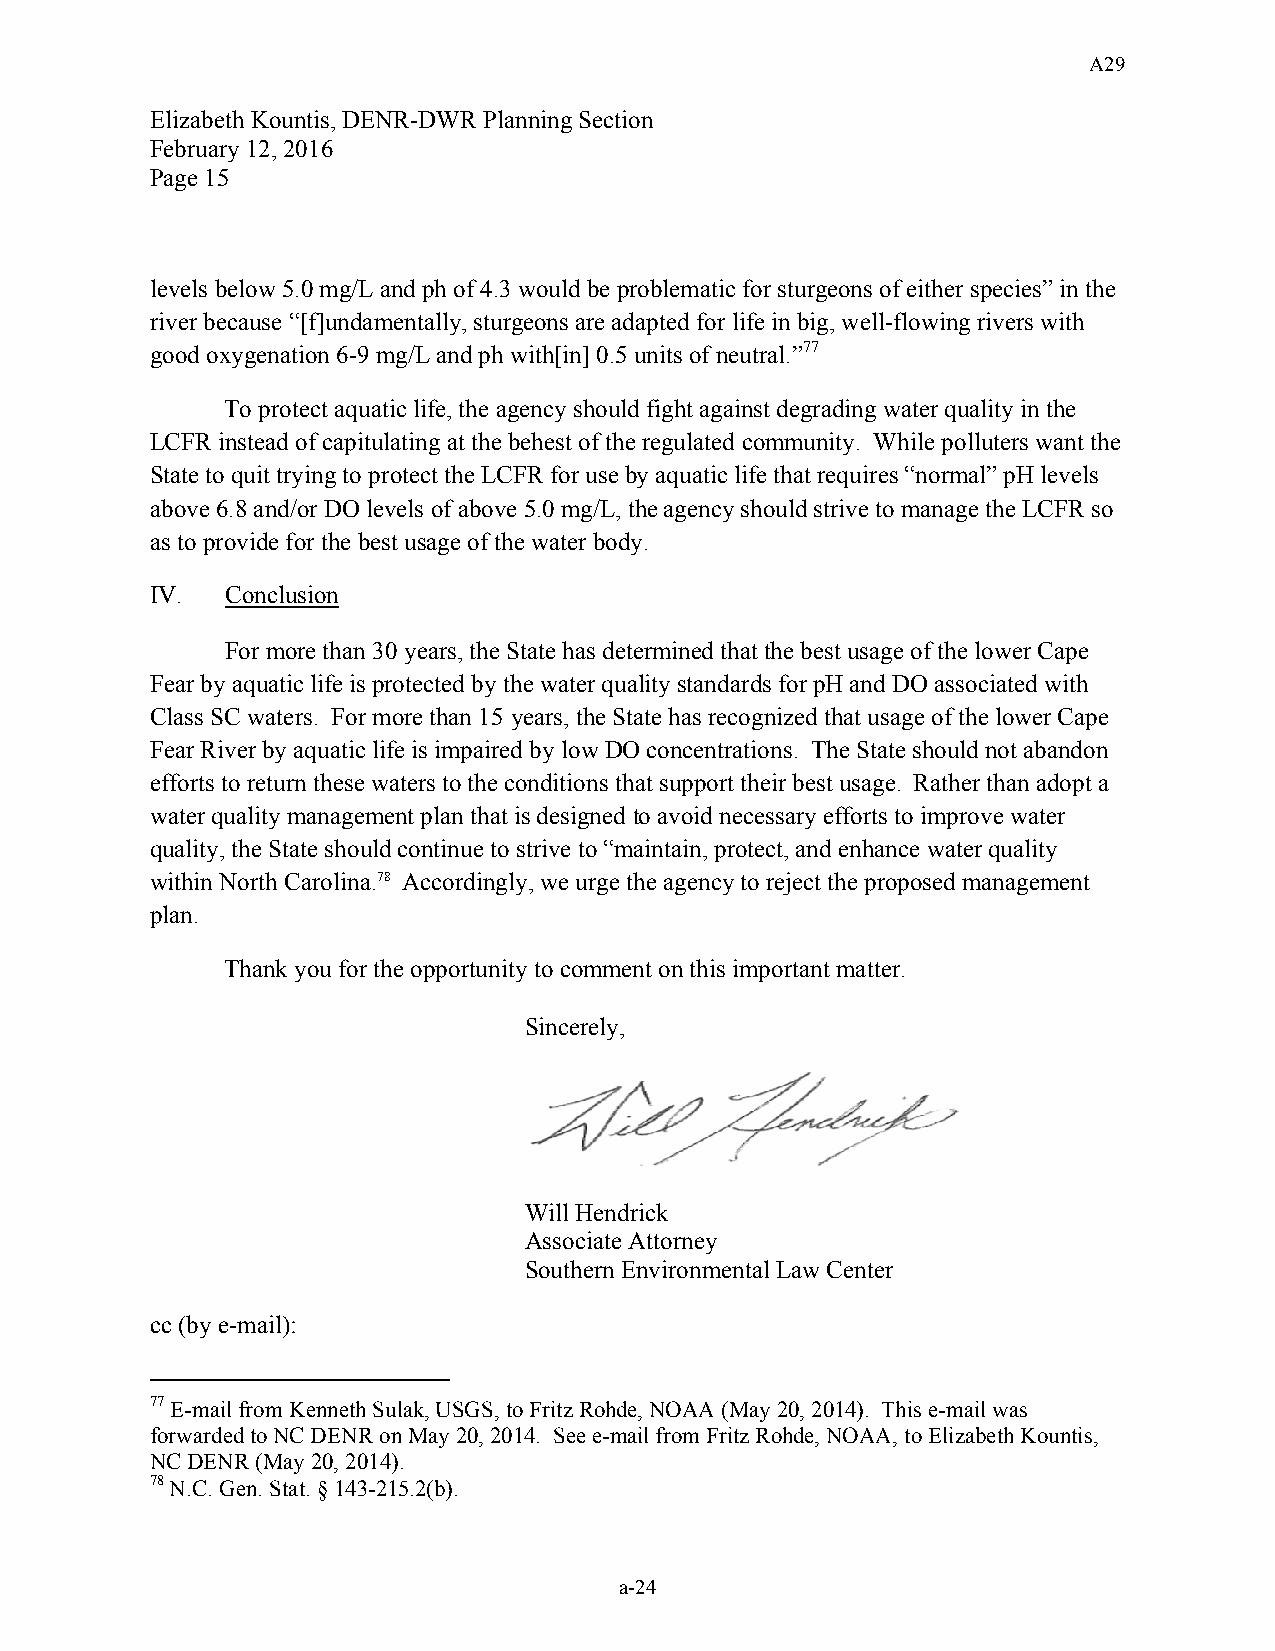
A29
 Elizabeth Kountis, DENR-DWR Planning Section
 February 12, 2016
 Page 15
 levels below 5.0 mg/L and ph of 4.3 would be problematic for sturgeons of either species” in the
 river because “[f]undamentally, sturgeons are adapted for life in big, well-flowing rivers with
 good oxygenation 6-9 mg/L and ph with[in] 0.5 units of neutral.”77
 To protect aquatic life, the agency should fight against degrading water quality in the
 LCFR instead of capitulating at the behest of the regulated community. While polluters want the
 State to quit trying to protect the LCFR for use by aquatic life that requires “normal” pH levels
 above 6.8 and/or DO levels of above 5.0 mg/L, the agency should strive to manage the LCFR so
 as to provide for the best usage of the water body.
 IV.  Conclusion
 For more than 30 years, the State has determined that the best usage of the lower Cape
 Fear by aquatic life is protected by the water quality standards for pH and DO associated with
 Class SC waters. For more than 15 years, the State has recognized that usage of the lower Cape
 Fear River by aquatic life is impaired by low DO concentrations. The State should not abandon
 efforts to return these waters to the conditions that support their best usage. Rather than adopt a
 water quality management plan that is designed to avoid necessary efforts to improve water
 quality, the State should continue to strive to “maintain, protect, and enhance water quality
 within North Carolina.78 Accordingly, we urge the agency to reject the proposed management
 plan.
 Thank you for the opportunity to comment on this important matter.
 Sincerely,
 Will Hendrick
 Associate Attorney
 Southern Environmental Law Center
 cc (by e-mail):
 77 E-mail from Kenneth Sulak, USGS, to Fritz Rohde, NOAA (May 20, 2014). This e-mail was
 forwarded to NC DENR on May 20, 2014. See e-mail from Fritz Rohde, NOAA, to Elizabeth Kountis,
 NC DENR (May 20, 2014).
 78 N.C. Gen. Stat. § 143-215.2(b).
 a-24